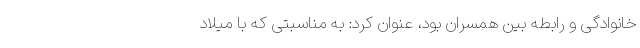
خانوادگی و رابطه بین همسران بود، عنوان کرد: به مناسبتی که با میلاد